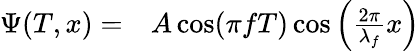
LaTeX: \begin{array}{rl}{\Psi(T,x)=}&{{}A\cos(\pi fT)\cos\left(\frac{2\pi}{\lambda_{f}}x\right)}\end{array}